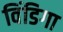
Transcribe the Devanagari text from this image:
विंडिगा